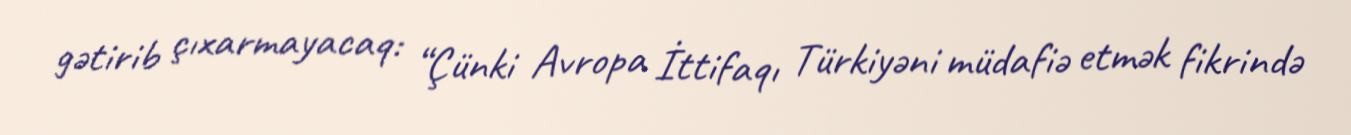
gətirib çıxarmayacaq: “Çünki Avropa İttifaqı Türkiyəni müdafiə etmək fikrində